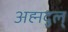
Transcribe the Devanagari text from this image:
अह्मदुल्